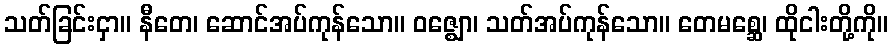
သတ်ခြင်းငှာ။ နီတေ၊ ဆောင်အပ်ကုန်သော။ ဝဇ္ဈော၊ သတ်အပ်ကုန်သော။ တေမစ္ဆေ၊ ထိုငါးတို့ကို။